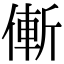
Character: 𠌲